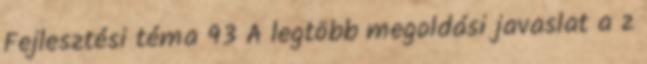
Fejlesztési téma 93 A legtöbb megoldási javaslat a z